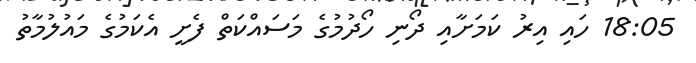
18:05 ހައި އިރު ކަމަށާއި ދޯނި ހޯދުމުގެ މަސައްކަތް ފެށީ އެކަމުގެ މައުލުމާތު